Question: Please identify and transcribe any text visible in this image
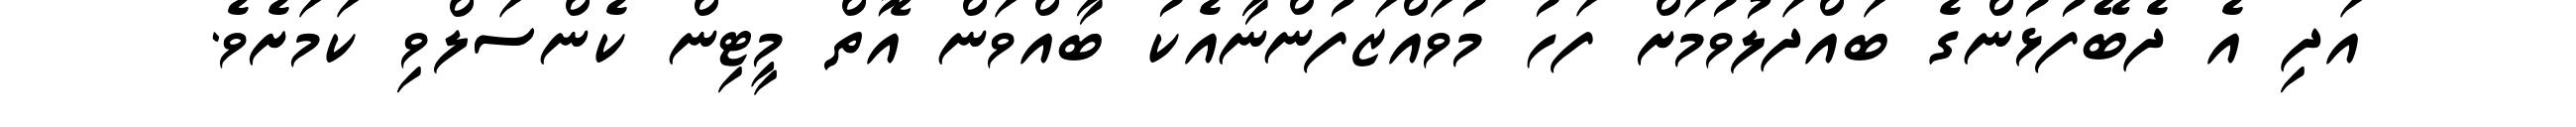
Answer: އަދި އެ ދެބޭފުޅުންގެ ބައްދަލުވުމަށް ފަހު މުވައްޒަފުންނާއެކު ބާއްވަން އޮތް މީޓިން ކެންސަލްވި ކަމަށެވެ.